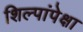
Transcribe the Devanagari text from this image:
शिल्पांपेक्षा